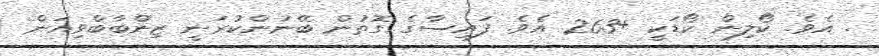
. އެވެ. ކޯލިން ކޯޑަކީ +263 އެވެ. ފައިސާގެ ގޮތުން ބޭނުންކުރަނީ ޒިންބާބްވިއަން